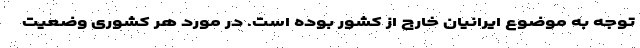
توجه به موضوع ایرانیان خارج از کشور بوده است. در مورد هر کشوری وضعیت